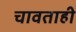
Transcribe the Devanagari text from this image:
चावताही